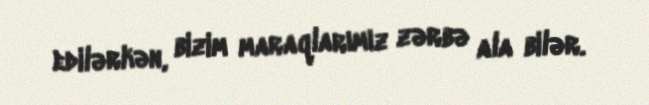
edilərkən, bizim maraqlarımız zərbə ala bilər.